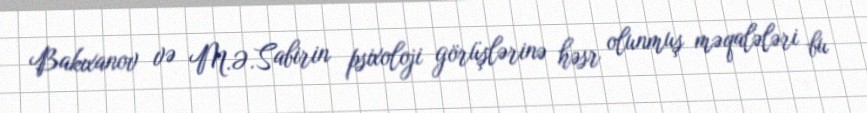
Bakıxanov və M.Ə.Sabirin psixoloji görüşlərinə həsr olunmuş məqalələri bu